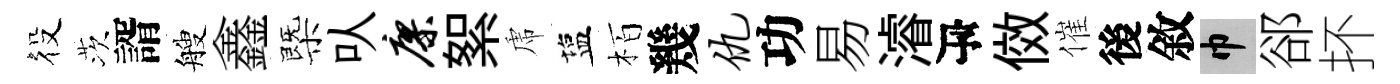
役茨諝艘鑫㮣㕥廖絮虎塩栢幾仇功易濬瓴傚催後敘巾郤抔